Indian journal of veterinary science and animal husbandry - Volumes 18-21, 1948-1951
Year: 1948
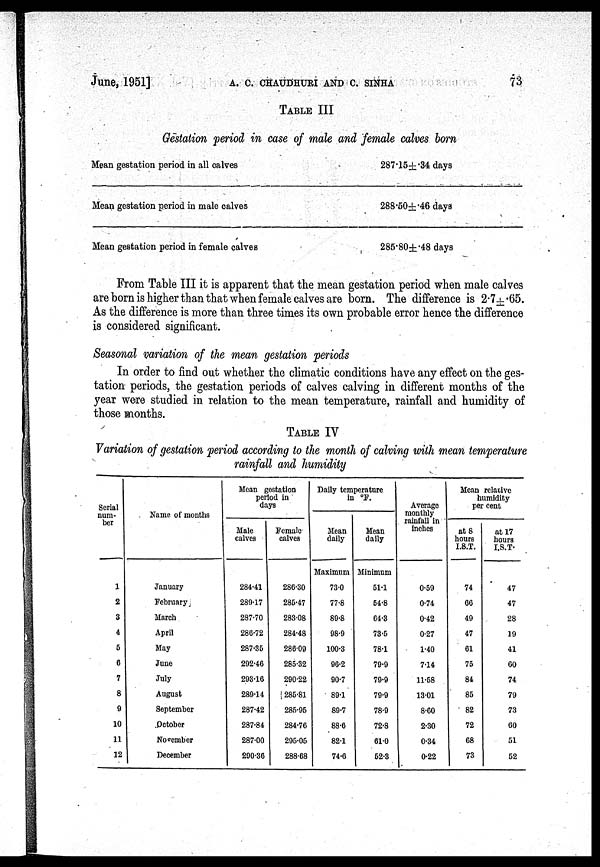
June, 1951]
A. C. CHAUDHURI AND C. SINHA
73
TABLE III
Gestation period in case of male and female calves born
Mean gestation period in all calves
Mean gestation period in male calves
Mean gestation period in female calves
287.15 ± .34 days
288.50 ± .46 days
285.80 ± .48 days
From Table III it is apparent that the mean gestation period when male calves
are born is higher than that when female calves are born. The difference is 2.7 ± .65.
As the difference is more than three times its own probable error hence the difference
is considered significant.
Seasonal variation of the mean gestation periods
In order to find out whether the climatic conditions have any effect on the ges-
tation periods, the gestation periods of calves calving in different months of the
year were studied in relation to the mean temperature, rainfall and humidity of
those months.
TABLE IV
Variation of gestation period according to the month of calving with mean temperature
rainfall and humidity
Serial
num-
ber
1
2
3
4
6
6
7
8
9
10
11
12
Name of months
January
February
March
April
May
June
July
August
September
October
November
December
Mean gestation
period in
days
Male
calves
284.41
280.17
287.70
286.72
287.35
292.46
293.16
289.14
287.42
287.84
287.00
290.36
Female
calves
286.30
285.47
283.08
284.48
286.09
285.32
290.22
285.81
285.95
284.76
295.05
288.68
Daily temperature
in °F.
Mean
daily
Maximum
73.0
77.8
89.8
98.9
100.3
96.2
90.7
89.1
89.7
88.6
82.1
74.6
Mean
daily
Minimum
51.1
54.8
64.3
73.5
78.1
79.9
79.9
79.9
78.9
72.8
61.0
52.3
Average
monthly
rainfall in
inches
0.59
0.74
0.42
0.27
1.40
7.14
11.58
13.01
8.60
2.30
0.34
0.22
Mean relative
humidity
per cent
at 8
hours
I.S.T.
74
66
49
47
61
75
84
85
82
72
68
73
at 17
hours
I.S.T.
47
47
28
19
41
60
74
79
73
60
51
52